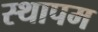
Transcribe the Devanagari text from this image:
स्थापम